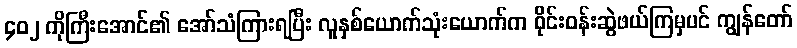
၄၀၂ ကိုကြီးအောင်၏ အော်သံကြားရပြီး လူနှစ်ယောက်သုံးယောက်က ဝိုင်းဝန်းဆွဲဖယ်ကြမှပင် ကျွန်တော်